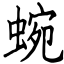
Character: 蜿